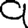
Digit: 9